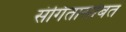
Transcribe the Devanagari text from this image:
संगितासोबत